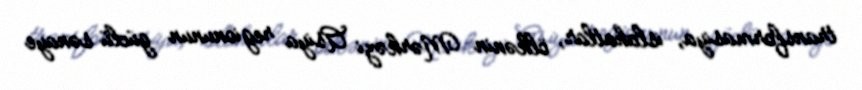
transformasiya, islahatlar, ölkənin Mərkəzi Asiya regionunun güclü sənaye